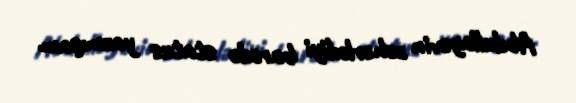
Abdullayevin zəhərlədiyi barədə status yazmışam.